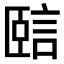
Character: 𧧃